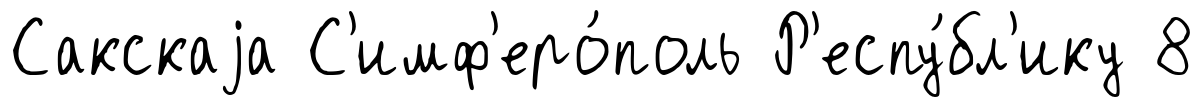
Сакскаjа С'имф'еро́поль Р'еспу́бл'ику 8